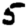
Digit: 5